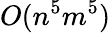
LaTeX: O(n^{5}m^{5})